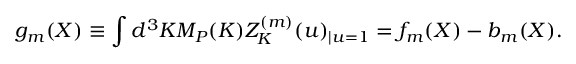
g _ { m } ( X ) \equiv \int d ^ { 3 } K { \cal M } _ { P } ( K ) Z _ { K } ^ { ( m ) } ( u ) _ { | u = 1 } = f _ { m } ( X ) - b _ { m } ( X ) .